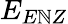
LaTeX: E_{E\mathbb{N}Z}